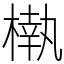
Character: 𣙀